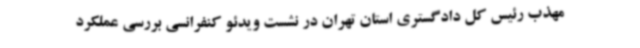
مهذب رئیس کل دادگستری استان تهران در نشست ویدئو کنفرانسی بررسی عملکرد